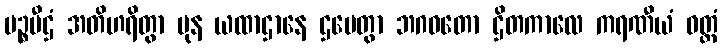
မဉ္စပီဌံ အတိဟရိတွာ ပုန ယထာဌာနေ ဌပေတွာ ဘဂဝတော ဌိတကာလေ ကရဏီယံ ဝတ္တံ